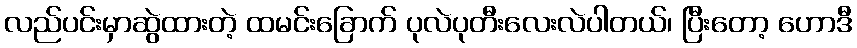
လည်ပင်းမှာဆွဲထားတဲ့ ထမင်းခြောက် ပုလဲပုတီးလေးလဲပါတယ်၊ ပြီးတော့ ဟောဒီ